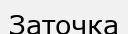
Заточка